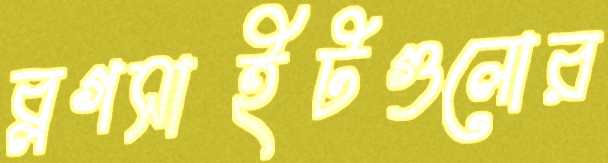
ব্লগসাইটগুলোর